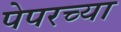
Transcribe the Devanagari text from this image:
पेपरच्या